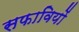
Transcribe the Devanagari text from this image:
सफावियों